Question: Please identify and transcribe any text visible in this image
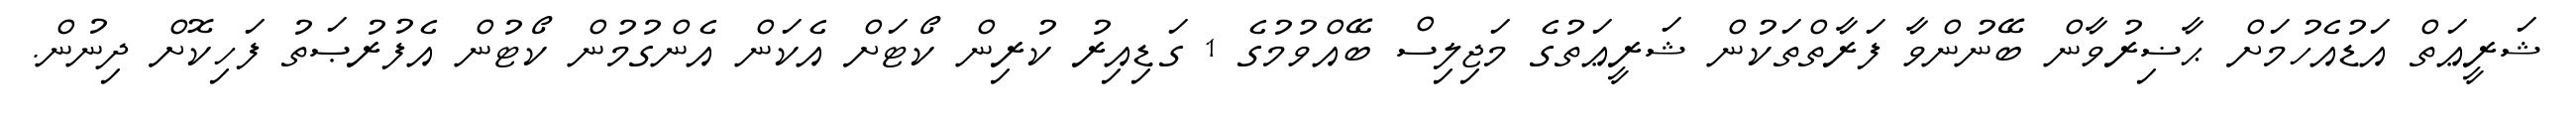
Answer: ޝަރީޢަތް އަޑުއެހުމަށް ޙާޟިރުވާން ބޭނުންވާ ފަރާތްތަކުން ޝަރީޢަތުގެ މަޖިލިސް ބޭއްވުމުގެ 1 ގަޑިއިރު ކުރިން ކޯޓަށް އެކަން އެންގުމުން ކޯޓުން އެފުރުޞަތު ފަހިކޮށް ދިނުން.